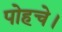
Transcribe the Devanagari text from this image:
पोहचे।